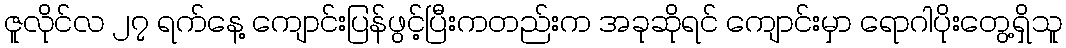
ဇူလိုင်လ ၂၇ ရက်နေ့ ကျောင်းပြန်ဖွင့်ပြီးကတည်းက အခုဆိုရင် ကျောင်းမှာ ရောဂါပိုးတွေ့ရှိသူ